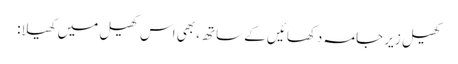
کھیل زیر جامہ دکھائیں کے ساتھ، بھی اس کھیل میں کھیلا: